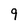
Character: 9